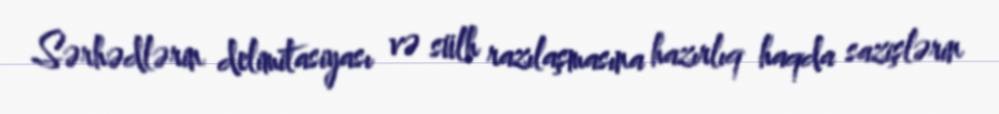
Sərhədlərin delimitasiyası və sülh razılaşmasına hazırlıq haqda sazişlərin